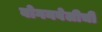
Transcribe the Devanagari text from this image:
बोगनवेलीची